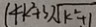
( 4 k ^ { 2 } + 3 ) \sqrt { k ^ { 2 } + 1 }